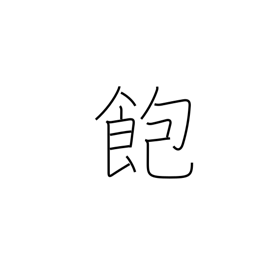
Meaning: tired of